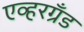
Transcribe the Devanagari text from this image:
एव्हरग्रँड